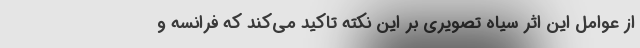
از عوامل اين اثر سياه تصويري بر این نکته تاکید می‌کند كه فرانسه و